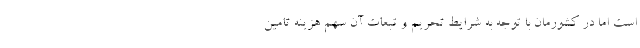
است اما در کشورمان با توجه به شرایط تحریم و تبعات آن سهم هزینه تامین